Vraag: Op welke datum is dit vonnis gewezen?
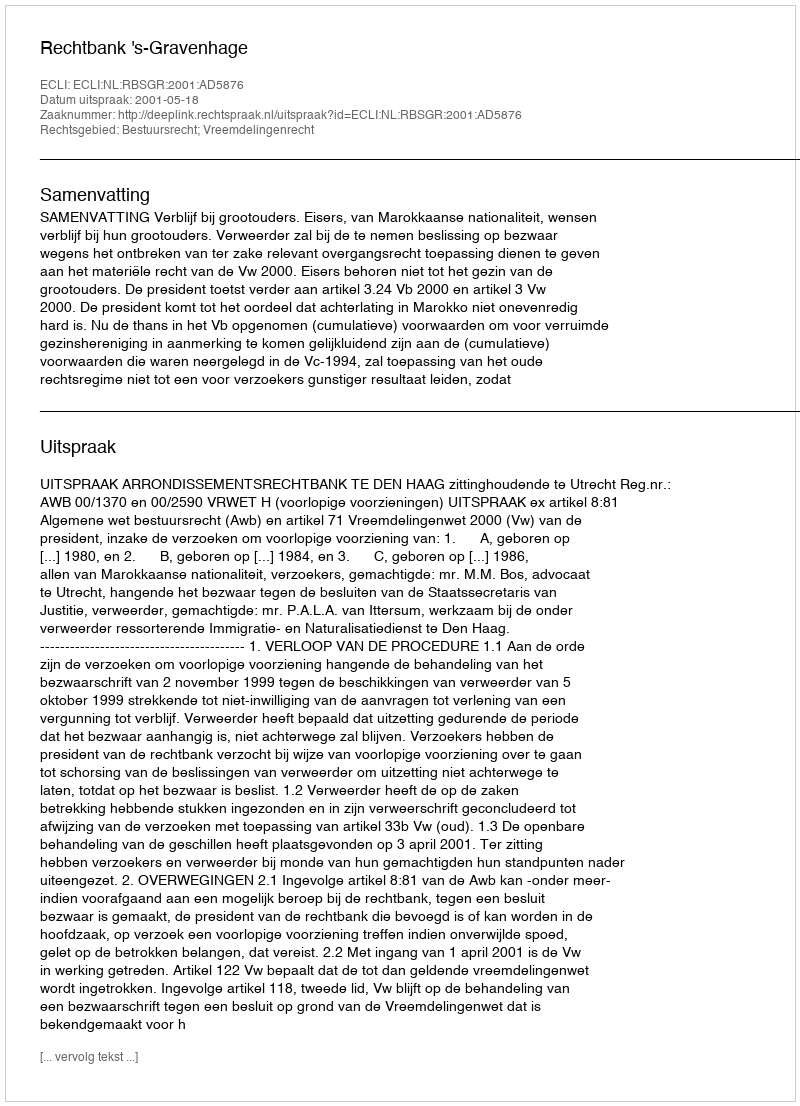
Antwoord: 2001-05-18